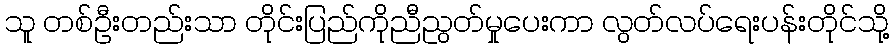
သူ တစ်ဦးတည်းသာ တိုင်းပြည်ကိုညီညွတ်မှုပေးကာ လွတ်လပ်ရေးပန်းတိုင်သို့